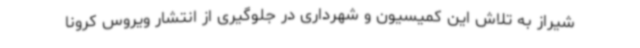
شیراز به تلاش این کمیسیون و شهرداری در جلوگیری از انتشار ویروس کرونا